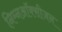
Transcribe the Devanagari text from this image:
निम्नऑक्सीजन